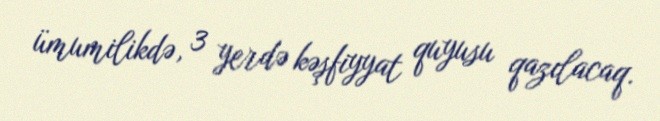
ümumilikdə, 3 yerdə kəşfiyyat quyusu qazılacaq.